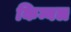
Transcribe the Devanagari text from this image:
किम्बल